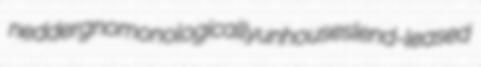
nedder gnomonologically unhouses lend-leased